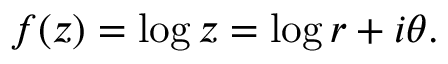
f ( z ) = \log z = \log r + i \theta .